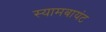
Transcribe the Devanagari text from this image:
स्‍यामबायंट